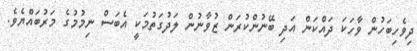
ދިވެހިބަހުން ވާހަކަ ދައްކަން އަދި ބޭނުންކުރަން ޒުވާނުން ލަދުގަތުމަކީ އެބަސް ނިމުމުގެ މަރުބައްޔެވެ.